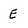
Character: E